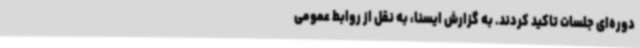
دوره‌ای جلسات تاکید کردند. به گزارش ایسنا، به نقل از روابط عمومی